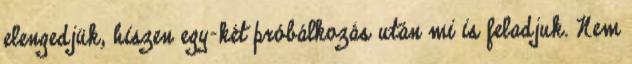
elengedjük, hiszen egy-két próbálkozás után mi is feladjuk. Nem